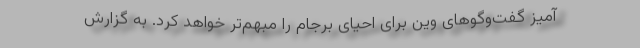
آمیز گفت‌وگوهای وین برای احیای برجام را مبهم‌تر خواهد کرد. به گزارش